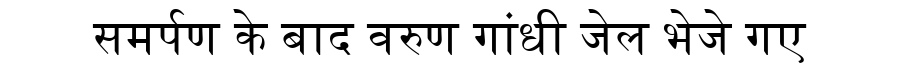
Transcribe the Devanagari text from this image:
समर्पण के बाद वरुण गांधी जेल भेजे गए